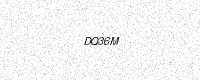
Text: DQ36M